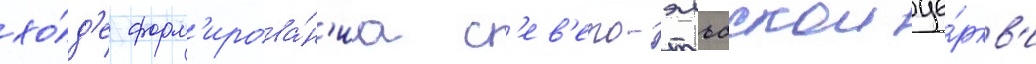
хо́д'е форм'ирова́н'иа с'ев'еро-эльбскои це́ркв'и